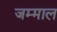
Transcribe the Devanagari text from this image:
जम्माल